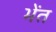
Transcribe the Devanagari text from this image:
भेंत